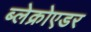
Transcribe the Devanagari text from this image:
ब्लेक्रोएडर